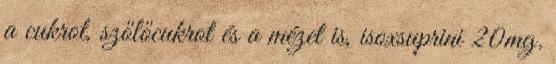
a cukrot, szőlőcukrot és a mézet is, isoxsuprini 20mg.